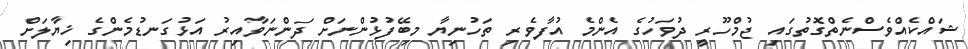
ޝައްކެއްވެސްނެތްގޮތުގައި ޖުމްހޫރީ ދުވަހުގެ އެންމެ އުފާވެރި ތަހުނިޔާ މިބޭފުޅުންނަށް ދަންނަވާއިރު އަޅުގަނޑުމެންގެ ޚިޔާލަށް